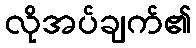
လိုအပ်ချက်၏